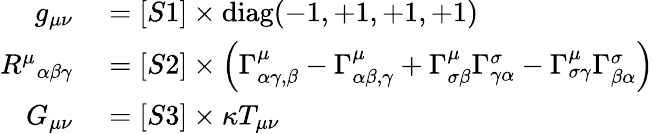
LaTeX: \begin{array}{rl}{g_{\mu\nu}}&{{}=[S1]\times\operatorname{diag}(-1,+1,+1,+1)}\\ {{R^{\mu}}_{\alpha\beta\gamma}}&{{}=[S2]\times\left(\Gamma_{\alpha\gamma,\beta}^{\mu}-\Gamma_{\alpha\beta,\gamma}^{\mu}+\Gamma_{\sigma\beta}^{\mu}\Gamma_{\gamma\alpha}^{\sigma}-\Gamma_{\sigma\gamma}^{\mu}\Gamma_{\beta\alpha}^{\sigma}\right)}\\ {G_{\mu\nu}}&{{}=[S3]\times\kappa T_{\mu\nu}}\end{array}